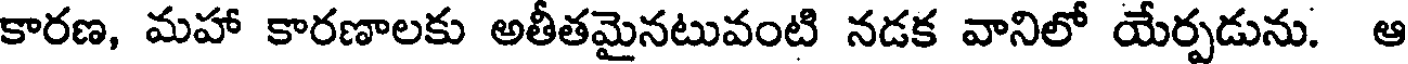
కారణ, మహా కారణాలకు అతీతమైనటువంటి నడక వానిలో యేర్పడును. ఆ